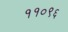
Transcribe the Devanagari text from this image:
११०९६